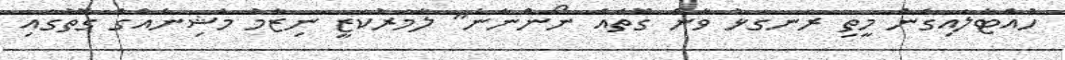
ހުއްޓާލައިގެން މީތި ރަނގަޅު ވާނެ ގޮތެއް ނޯންނާނެ" ލާމަރުކަޒީ ނިޒާމު މެޝިނެއްގެ ގޮތުގައި